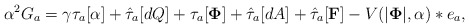
\begin{align*}\alpha^2 G_a = \gamma \tau_{a}[\alpha] + \hat\tau_{a}[dQ] +\tau_{a}[{\bf \Phi}] + \hat\tau_{a}[dA] + \hat\tau_{a}[{\bf F}] -V(|{\bf \Phi}|,\alpha) *e_a ,\end{align*}